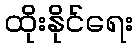
ထိုးနိုင်ရေး